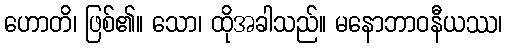
ဟောတိ၊ ဖြစ်၏။ သော၊ ထိုအခါသည်။ မနောဘာဝနီယဿ၊